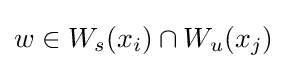
w\in W_{s}(x_{i})\cap W_{u}(x_{j})